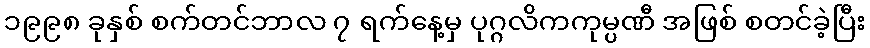
၁၉၉၈ ခုနှစ် စက်တင်ဘာလ ၇ ရက်နေ့မှ ပုဂ္ဂလိကကုမ္ပဏီ အဖြစ် စတင်ခဲ့ပြီး